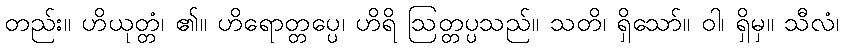
တည်း။ ဟိယုတ္တံ၊ ၏။ ဟိရောတ္တပ္ပေ၊ ဟိရိ ဩတ္တပ္ပသည်။ သတိ၊ ရှိသော်။ ဝါ၊ ရှိမှ။ သီလံ၊